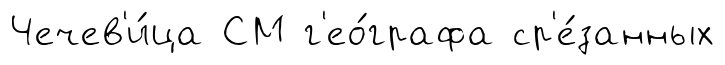
Чечев'и́ца СМ г'ео́графа ср'е́занных